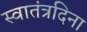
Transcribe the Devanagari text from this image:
स्वातंत्रदिना